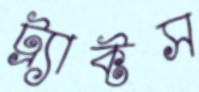
ট্র্যাক্টস